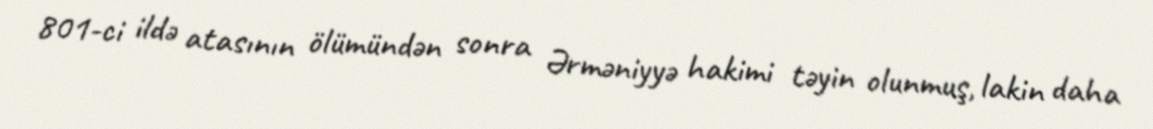
801-ci ildə atasının ölümündən sonra Ərməniyyə hakimi təyin olunmuş, lakin daha